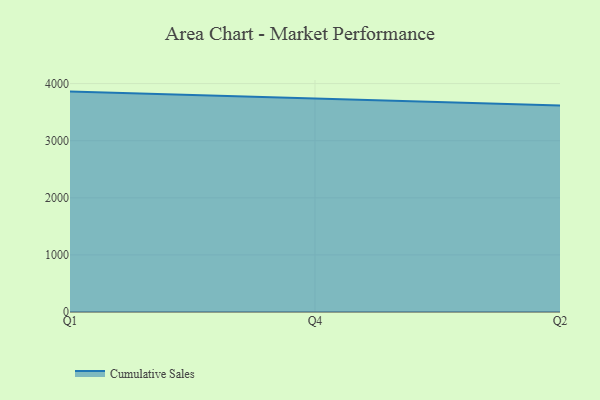
{"axis": {"x": "Quarter", "y": "Tickets Resolved"}, "legend": ["Cumulative Sales"], "data": [{"x": "Q1", "y": 3859.8, "type": "Cumulative Sales"}, {"x": "Q4", "y": 3735.6, "type": "Cumulative Sales"}, {"x": "Q2", "y": 3615.7, "type": "Cumulative Sales"}]}